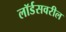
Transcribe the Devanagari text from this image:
लॉर्डसवरील